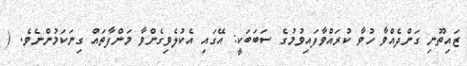
ޒައިތޫނި ގަންދެއްވާ ހުވާ ކުރައްވާފައިވުމުގެ ސަބަބަކީ: އޭގައި އެކުލެވިގެންވާ މަންފާތައް ގިނަކަމުންނެވެ. (